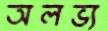
অলভ্য